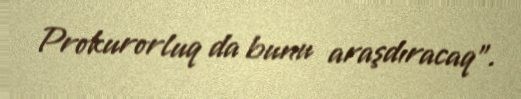
Prokurorluq da bunu araşdıracaq”.